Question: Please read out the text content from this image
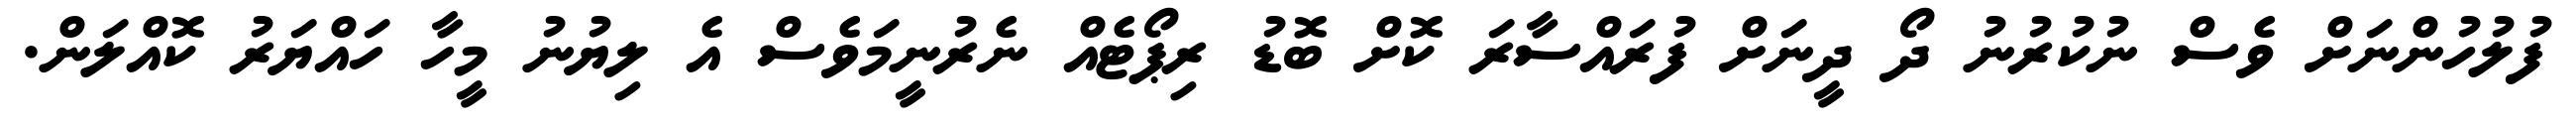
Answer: ފުލުހުންނަށް ވެސް ނުކުރުނު ދޯ ދީނަށް ފުރައްސާރަ ކޮށް ބޮޑު ރިޕޯޓެއް ނެރުނީމަވެސް އެ ލިޔުނު މީހާ ހައްޔަރު ކޮއްލަން.